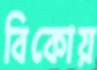
বিকোয়